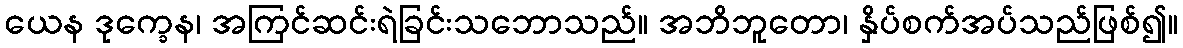
ယေန ဒုက္ခေန၊ အကြင်ဆင်းရဲခြင်းသဘောသည်။ အဘိဘူတော၊ နှိပ်စက်အပ်သည်ဖြစ်၍။